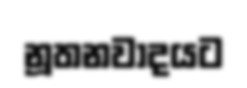
නූතනවාදයට